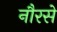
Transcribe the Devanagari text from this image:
नौरसे